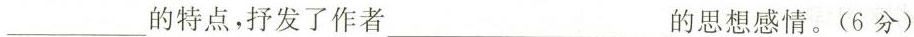
___的特点，抒发了作者___ 的思想感情。(6分)